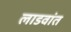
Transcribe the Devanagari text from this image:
लाडवांत